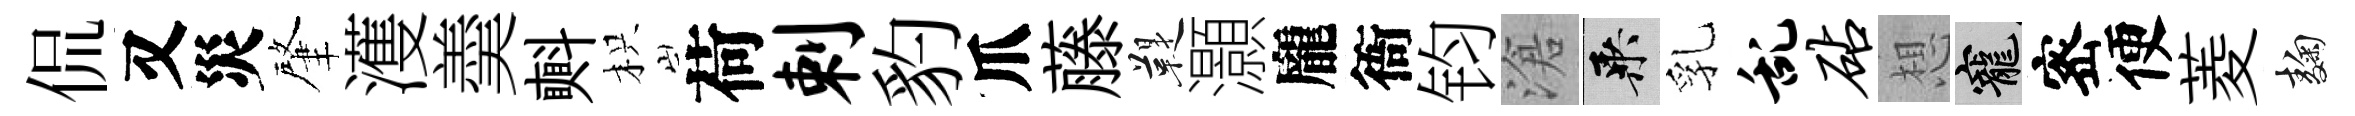
侃又災肇濩羮㪺枳荷剌豹爪藤鞮灝龐衙钧滄乘乳乱砧想寵宻便菱麹